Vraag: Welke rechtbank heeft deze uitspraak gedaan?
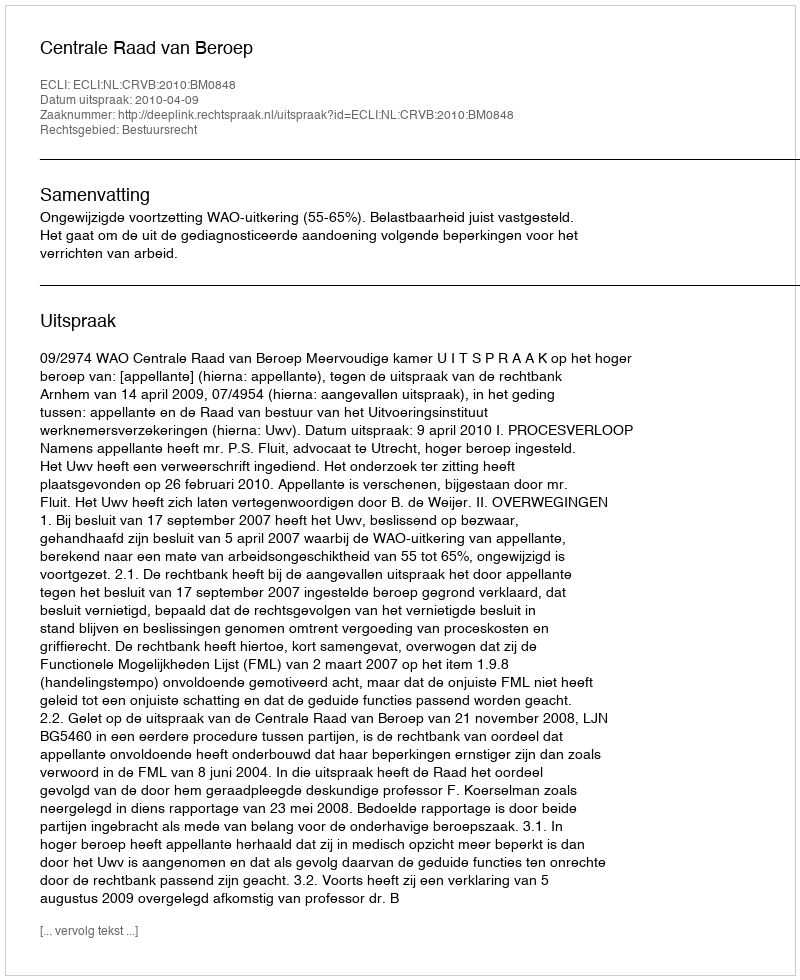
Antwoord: Centrale Raad van Beroep